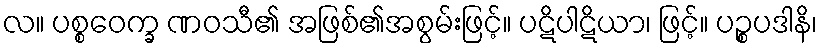
လ။ ပစ္စဝေက္ခ ဏဝသီ၏ အဖြစ်၏အစွမ်းဖြင့်။ ပဋိပါဋိယာ၊ ဖြင့်။ ပဉ္စပဒါနိ၊